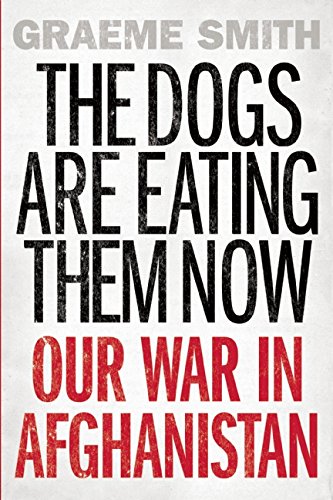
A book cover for The Dogs are Eating Them Now: Our War in Afghanistan; Graeme Smith; History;